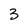
Character: 3